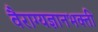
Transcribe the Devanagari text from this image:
वैराग्यज्ञानभक्ती